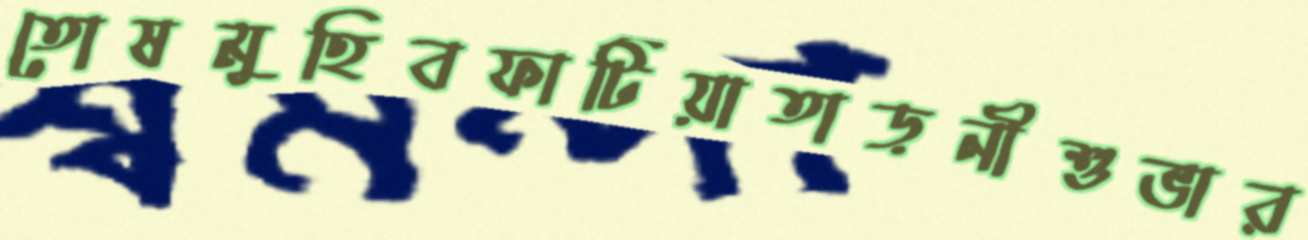
তোষমুহিবফাটিয়াতাড়নীশুভার